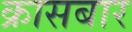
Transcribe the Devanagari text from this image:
क्रासबार